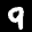
Label: 9